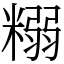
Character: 糑